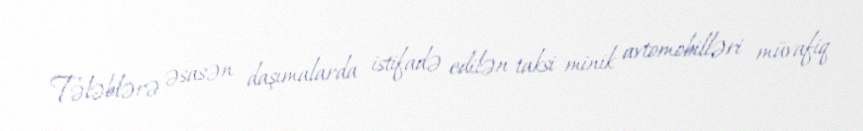
Tələblərə əsasən daşımalarda istifadə edilən taksi minik avtomobilləri müvafiq